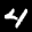
Label: 4